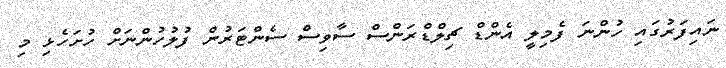
ނައިފަރުގައި ހުންނަ ފެމިލީ އެންޑް ޗިލްޑްރަންސް ސާވިސް ސެންޓަރުން ފުލުހުންނަށް ހުށަހެޅި މި